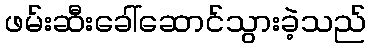
ဖမ်းဆီးခေါ်ဆောင်သွားခဲ့သည်